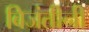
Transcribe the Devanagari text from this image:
बिजंतीनी